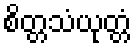
စိတ္တသံယုတ္တံ